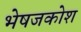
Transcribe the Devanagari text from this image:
भेषजकोश